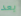
بعد